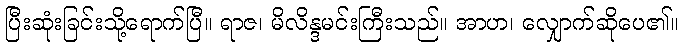
ပြီးဆုံးခြင်းသို့ရောက်ပြီ။ ရာဇ၊ မိလိန္ဒမင်းကြီးသည်။ အာဟ၊ လျှောက်ဆိုပေ၏။